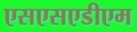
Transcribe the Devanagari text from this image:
एसएसएडीएम